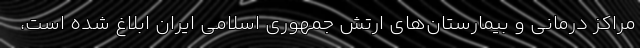
مراکز درمانی و بیمارستان‌های ارتش جمهوری اسلامی ایران ابلاغ شده است،